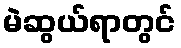
မဲဆွယ်ရာတွင်